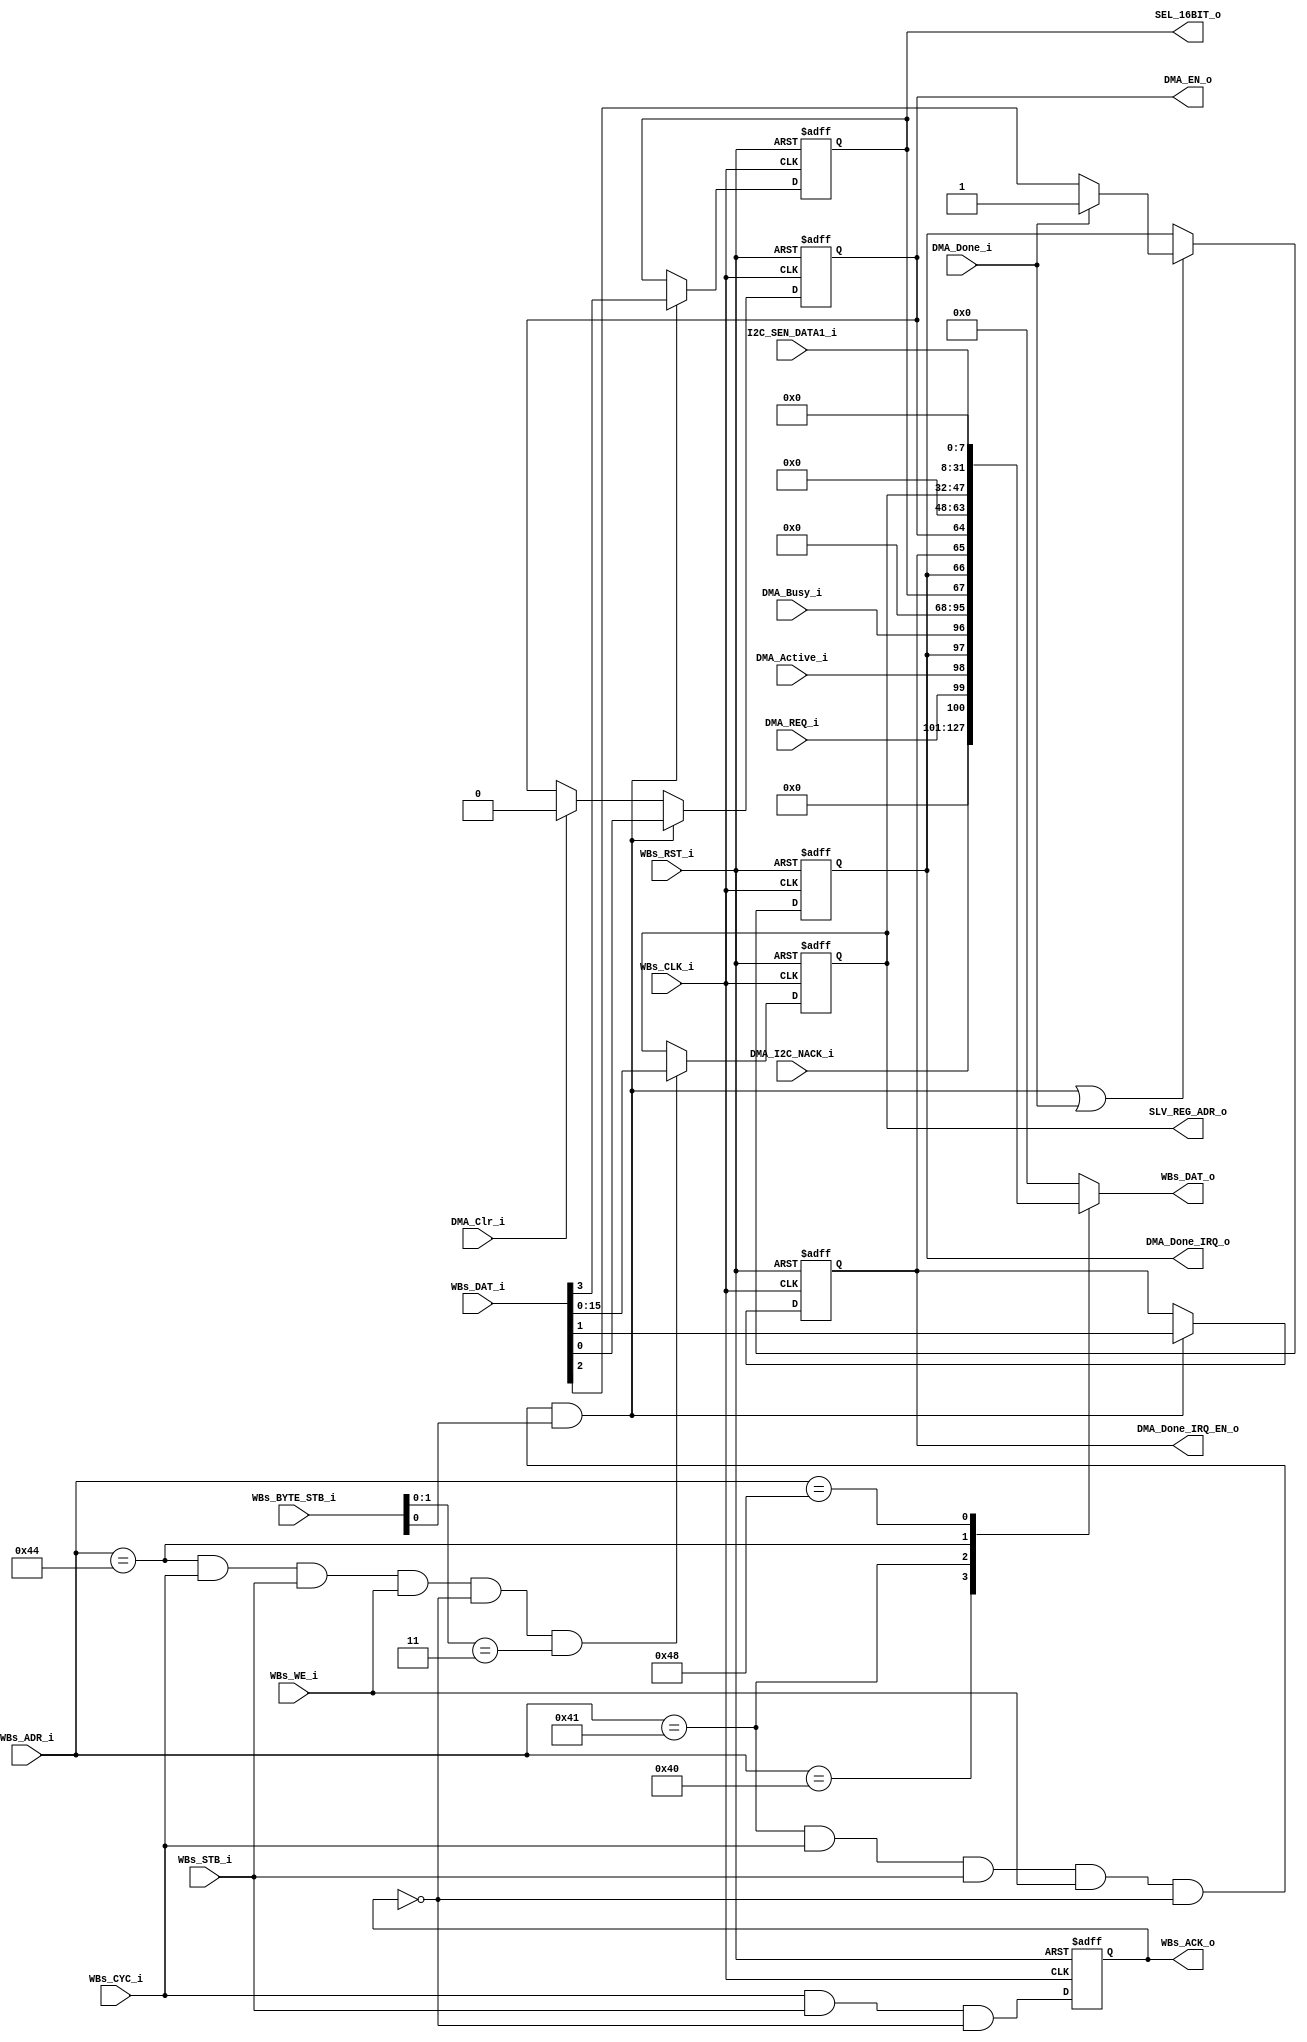
// -----------------------------------------------------------------------------
// title          : I2C Master with DMA Register Module
// project        : Tamar2 Device
// -----------------------------------------------------------------------------
// company        : QuickLogic Corp
// last update    : 2016/03/11
// platform       : ArcticLink 4 S3B
// standard       : Verilog 2001
// -----------------------------------------------------------------------------
// description: The I2C Master with Command Queue is designed for use in the 
//              fabric of the AL4S3B. The only AL4S3B specific portion are the Tx
//              FIFO. 
// -----------------------------------------------------------------------------
// copyright (c) 2016
// -----------------------------------------------------------------------------
// revisions  :
// date            version    author         description
// 2016/03/11      1.0        Glen Gomes     Initial Release
// 2016/05/25      1.1        Rakesh M       Added DMA register / SRAM 
// -----------------------------------------------------------------------------
// Comments: This solution is specifically for use with the QuickLogic
//           AL4S3B device. 
// -----------------------------------------------------------------------------
//

`timescale 1ns / 10ps


module I2C_Master_w_DMA_Registers ( 

                         // AHB-To_Fabric Bridge I/F
                         WBs_CLK_i,
                         WBs_RST_i,

                         WBs_ADR_i,
                         WBs_CYC_i,
                         WBs_BYTE_STB_i,
                         WBs_WE_i,
                         WBs_STB_i,
                         WBs_DAT_i,
                         WBs_DAT_o,
                         WBs_ACK_o,
						 
						 DMA_Busy_i,
						 DMA_Clr_i,
						 DMA_Done_i,
						 DMA_Active_i,
						 DMA_REQ_i,
						 DMA_I2C_NACK_i,

                         DMA_EN_o,
						 DMA_Done_IRQ_o,
						 DMA_Done_IRQ_EN_o,
						 SLV_REG_ADR_o,
						 SEL_16BIT_o,
						 
                         I2C_SEN_DATA1_i 
                         );


//------Port Parameters----------------
//

parameter                ADDRWIDTH             =  7            ; // 
parameter                DATAWIDTH             = 32            ; // 

parameter                DMA_STATUS_REG_ADR    =  7'h40         ; // DMA Status   Register
parameter                DMA_CONTROL_REG_ADR   =  7'h41         ; // DMA Control  Register
//parameter                DMA_TRNS_CNT_REG_ADR  =  7'h42         ; // DMA transfer count register
//parameter                DMA_SCRATCH_REG_ADR   =  7'h43         ; // DMA Scratch  Register
parameter                DMA_SLV_ADR_REG_ADR   =  7'h44         ; // DMA Slave Adr, Reg1 Adr, Reg2 Adr  Register  
//parameter                DMA_DATA1_REG_ADR   =  7'h100        ;
//parameter                DMA_DATA2_REG_ADR   =  7'h101        ;

parameter                DMA_DATA1_REG_ADR   =  7'h48        ;
parameter                DMA_DATA2_REG_ADR   =  7'h49        ;

//parameter                DMA_REG_ADR1_REG_ADR  =  7'h45         ; 
//parameter                DMA_REG_ADR2_REG_ADR  =  7'h46         ; 

parameter                DMA_DEF_REG_VALUE     = 32'hC0C_DEF_AC; // Distinguish access to undefined area


//------Port Signals-------------------
//

// AHB-To_Fabric Bridge I/F
//
input                    WBs_CLK_i       ; // Fabric Clock               from Fabric
input                    WBs_RST_i       ; // Fabric Reset               to   Fabric

input   [ADDRWIDTH-1:0]  WBs_ADR_i       ; // Address Bus                to   Fabric
input                    WBs_CYC_i       ; // Cycle Chip Select          to   Fabric
input            [2:0]	 WBs_BYTE_STB_i  ;
input                    WBs_WE_i        ; // Write Enable               to   Fabric
input                    WBs_STB_i       ; // Strobe Signal              to   Fabric
input            [23:0]  WBs_DAT_i       ; // Write Data Bus             to   Fabric
output  [DATAWIDTH-1:0]  WBs_DAT_o       ; // Read Data Bus              from Fabric
output                   WBs_ACK_o       ; // Transfer Cycle Acknowledge from Fabric

output		DMA_EN_o;
output		DMA_Done_IRQ_o;
output		DMA_Done_IRQ_EN_o;
output   [15:0]  SLV_REG_ADR_o    ;
output		SEL_16BIT_o;

input	 DMA_Done_i;
input	 DMA_Active_i; 
input	 DMA_REQ_i;
input	 DMA_I2C_NACK_i; 
input	 DMA_Busy_i;
input	 DMA_Clr_i;
						 
input           [23:0]  I2C_SEN_DATA1_i   ;


// Fabric Global Signals
//
wire                     WBs_CLK_i       ; // Wishbone Fabric Clock
wire                     WBs_RST_i       ; // Wishbone Fabric Reset

// Wishbone Bus Signals
//
wire    [ADDRWIDTH-1:0]  WBs_ADR_i       ; // Wishbone Address Bus
wire                     WBs_CYC_i       ; // Wishbone Client Cycle  Strobe (i.e. Chip Select)
wire              [2:0]  WBs_BYTE_STB_i  ;
wire                     WBs_WE_i        ; // Wishbone Write  Enable Strobe
wire                     WBs_STB_i       ; // Wishbone Transfer      Strobe
wire             [23:0]  WBs_DAT_i       ; // Wishbone Write  Data Bus
 
reg     [DATAWIDTH-1:0]  WBs_DAT_o       ; // Wishbone Read   Data Bus

reg                      WBs_ACK_o       ; // Wishbone Client Acknowledge

reg   [15:0]  SLV_REG_ADR_o    ;

reg		DMA_EN_o;
reg		DMA_Done_IRQ_o;
reg		DMA_Done_IRQ_EN_o;

wire [3:0] DMA_Control;
wire [4:0] DMA_Status;

reg		SEL_16BIT_o;

//------Define Parameters--------------
//

//
// None at this time
//

//------Internal Signals---------------
//
wire                     DMA_Control_Reg_Wr_Dcd ;
wire                     DMA_Slv_Adr_Reg_Wr_Dcd ;

//------Logic Operations---------------
//

// Determine each register decode
//
assign DMA_Control_Reg_Wr_Dcd = ( WBs_ADR_i == DMA_CONTROL_REG_ADR ) & WBs_CYC_i & WBs_STB_i & WBs_WE_i & (~WBs_ACK_o) ;
assign DMA_Slv_Adr_Reg_Wr_Dcd = ( WBs_ADR_i == DMA_SLV_ADR_REG_ADR ) & WBs_CYC_i & WBs_STB_i & WBs_WE_i & (~WBs_ACK_o) ;
   
// Define the Acknowledge back to the host for registers
//
assign WBs_ACK_o_nxt          =   WBs_CYC_i & WBs_STB_i & (~WBs_ACK_o);

// Define the Fabric's Local Registers
//
always @( posedge WBs_CLK_i or posedge WBs_RST_i)
begin
    if (WBs_RST_i)
    begin

		DMA_EN_o	 		<= 1'b0;
		DMA_Done_IRQ_o	 	<= 1'b0;
		DMA_Done_IRQ_EN_o	<= 1'b0;
		SLV_REG_ADR_o		<= 16'h0;
        WBs_ACK_o           <= 1'b0; 
		SEL_16BIT_o         <= 1'b0;
    end  
    else
    begin

        if ( DMA_Control_Reg_Wr_Dcd && WBs_BYTE_STB_i[0])
            DMA_EN_o  <=  WBs_DAT_i[0];
		else if (DMA_Clr_i)
			DMA_EN_o  <=  1'b0;
			
		if ( DMA_Control_Reg_Wr_Dcd && WBs_BYTE_STB_i[0])
            DMA_Done_IRQ_EN_o  <=  WBs_DAT_i[1];
		
		if ( (DMA_Control_Reg_Wr_Dcd && WBs_BYTE_STB_i[0]) || DMA_Done_i)
        begin
            DMA_Done_IRQ_o   <=  DMA_Done_i ? 1'b1 : WBs_DAT_i[2];
        end
		
		if ( DMA_Control_Reg_Wr_Dcd && WBs_BYTE_STB_i[0])
            SEL_16BIT_o  <=  WBs_DAT_i[3];

		if ( DMA_Slv_Adr_Reg_Wr_Dcd && WBs_BYTE_STB_i[1:0] == 2'h3)
            SLV_REG_ADR_o  <=  WBs_DAT_i[15:0];

        WBs_ACK_o               <=  WBs_ACK_o_nxt;
    end  
end

assign DMA_Status = {DMA_I2C_NACK_i,DMA_REQ_i,DMA_Active_i,DMA_Done_IRQ_o,DMA_Busy_i};
assign DMA_Control = {SEL_16BIT_o,DMA_Done_IRQ_o,DMA_Done_IRQ_EN_o,DMA_EN_o};
// Define the how to read the local registers and memory
//
always @(
         WBs_ADR_i              or
		 DMA_Status             or
		 DMA_Control            or
		 SLV_REG_ADR_o			or
		 I2C_SEN_DATA1_i        
 )
 begin
    case(WBs_ADR_i[ADDRWIDTH-1:0])
    DMA_STATUS_REG_ADR    : WBs_DAT_o <= { 27'h0, DMA_Status    };
    DMA_CONTROL_REG_ADR   : WBs_DAT_o <= { 28'h0, DMA_Control   };
	DMA_SLV_ADR_REG_ADR   : WBs_DAT_o <= { 16'h0, SLV_REG_ADR_o  };
	DMA_DATA1_REG_ADR     : WBs_DAT_o <= { I2C_SEN_DATA1_i, 8'h0 };
	default               : WBs_DAT_o <=          32'h0 ;
	endcase
end

endmodule